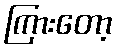
ကြားတော့